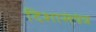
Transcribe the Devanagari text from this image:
दिशासंयंत्र